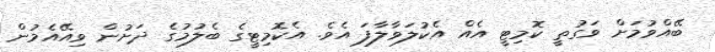
ބޭއްވުމަށް ވަގުތީ ކޮމިޓީ އެއް އެކުލަވާލާފަ އެވެ. އެކޮމިޓީގެ ބެލުމުގެ ދަށުން ވިއޭއެމުން